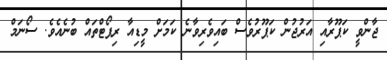
ޖާންވީ ކަޕޫރާއި އަރުޖުން ކަޕޫރުވެސް ބައިވެރިވާނެ ކަމަށް މީޑިއާ ރިޕޯޓްތައް ބުނެއެވެ. ސޯނަމް